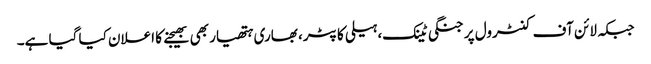
جبکہ لائن آف کنٹرول پر جنگی ٹینک، ہیلی کاپٹر، بھاری ہتھیار بھی بھیجنے کا اعلان کیا گیا ہے۔